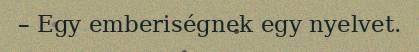
– Egy emberiségnek egy nyelvet.